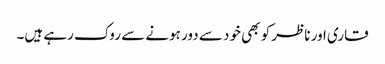
قاری اور ناظر کو بھی خود سے دور ہونے سے روک رہے ہیں۔